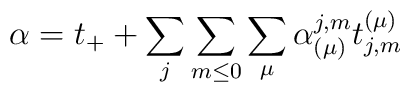
\alpha = t_+ + \sum_j \sum_{m\leq 0}\sum_{\mu} \alpha_{(\mu )}^{j,m}t^{(\mu )}_{j,m}